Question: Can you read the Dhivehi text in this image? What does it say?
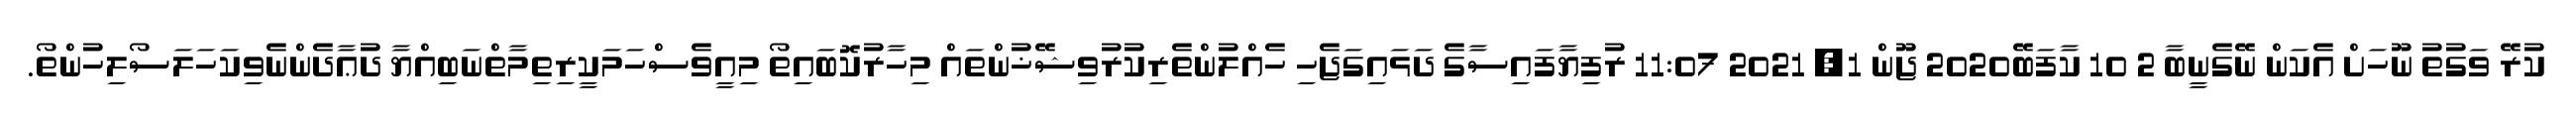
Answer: ކުރޭ ވަގުތު ނޫހަށް އެކަން ނޭގެނީބާ 2 10 ކާފަބޭ2020 ޖޫން 1, 2021 11:07 ރުފިޔާފައިސާގެ ދަޅައިގަޖެހި ހެއްލުންތެރިކުރުވިޝޭޚުންތައް މިހާރުކޮބައިތޯ މިއީވެސްހަމަކީރިތިމާތްނަބިއްޔާ ދުޢާދެންނެވިކަހަލަސޯލިހުންތޯ.